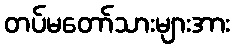
တပ်မတော်သားများအား